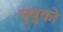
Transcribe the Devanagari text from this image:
लुबुको